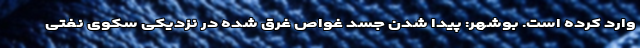
وارد کرده است. بوشهر: پیدا شدن جسد غواص غرق شده در نزدیکی سکوی نفتی